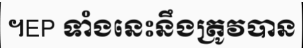
។EP ទាំងនេះនឹងត្រូវបាន